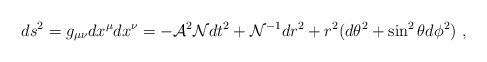
\begin{align*}ds^2=g_{\mu\nu}dx^\mu dx^\nu= - {\cal A}^2{\cal N} dt^2 + {\cal N}^{-1} dr^2 + r^2 (d\theta^2 + \sin^2\theta d\phi^2)\ , \end{align*}